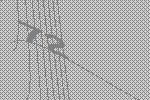
72